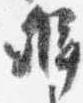
弁